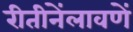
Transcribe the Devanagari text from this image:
रीतीनेंलावणें